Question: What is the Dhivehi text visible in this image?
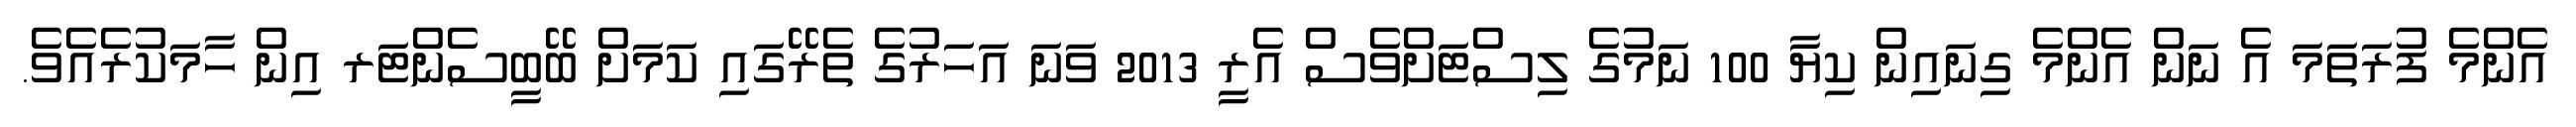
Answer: އެންމެ ފުރަތަމަ އެ ނަން އެންމެ ގިނައިން ކިޔާ 100 ނަމުގެ ލިސްޓަށްވެސް އެރީ 2013 ވަނަ އަހަރުގެ ތެރޭގައި ކަމަށް ބޭބީސެންޓަރ އިން ހާމަކުރެއެވެ.